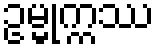
ဥမ္မုက္ကဿ